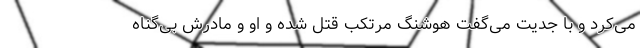
می‌کرد و با جدیت می‌گفت هوشنگ مرتکب قتل شده و او و مادرش بی‌گناه